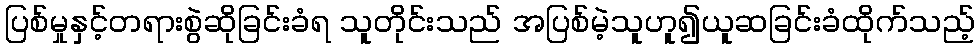
ပြစ်မှုနှင့်တရားစွဲဆိုခြင်းခံရ သူတိုင်းသည် အပြစ်မဲ့သူဟူ၍ယူဆခြင်းခံထိုက်သည့်